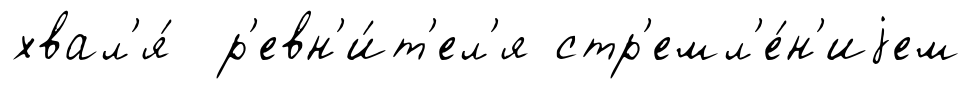
хвал'я́ р'евн'и́т'ел'я стр'емл'е́н'иjем